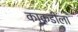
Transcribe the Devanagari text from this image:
काकडीला